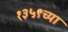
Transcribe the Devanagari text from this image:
१३५९च्या